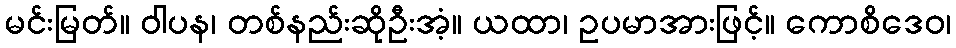
မင်းမြတ်။ ဝါပန၊ တစ်နည်းဆိုဦးအံ့။ ယထာ၊ ဥပမာအားဖြင့်။ ကောစိဒေဝ၊